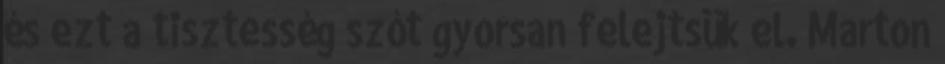
és ezt a tisztesség szót gyorsan felejtsük el. Marton